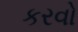
કરવો